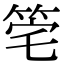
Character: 𥭌